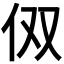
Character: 𰁪